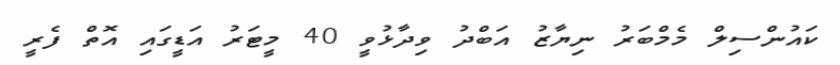
ކައުންސިލް މެމްބަރު ނިޔާޒު އަބްދު ވިދާޅުވީ 40 މީޓަރު އަޑީގައި އޮތް ފެރީ